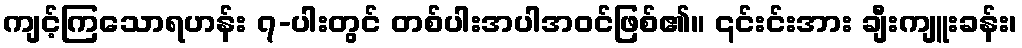
ကျင့်ကြသောရဟန်း ၇-ပါးတွင် တစ်ပါးအပါအဝင်ဖြစ်၏။ ၎င်းင်းအား ချီးကျူးခန်း၊